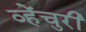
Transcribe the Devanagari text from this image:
व्हेंचुरी